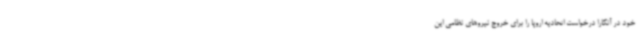
خود در آنکارا درخواست اتحادیه اروپا را برای خروج نیروهای نظامی این